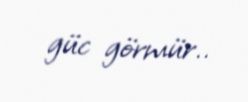
güc görmür..